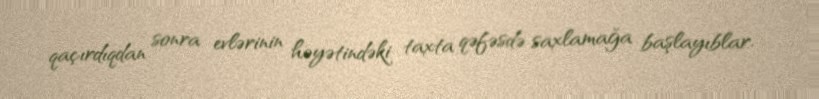
qaçırdıqdan sonra evlərinin həyətindəki taxta qəfəsdə saxlamağa başlayıblar.